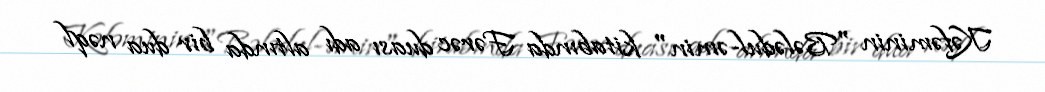
Kəfəminin "Bələdul-əmin" kitabında Fərəc duası adı altında bir dua nəql